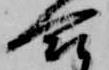
合